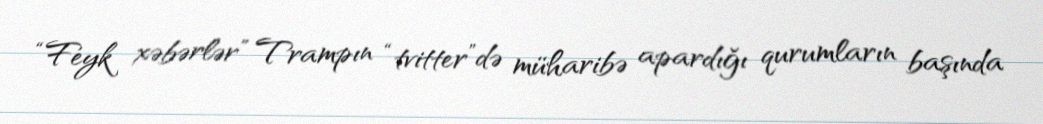
“Feyk xəbərlər” Trampın “tvitter”də müharibə apardığı qurumların başında